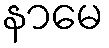
နာမေ